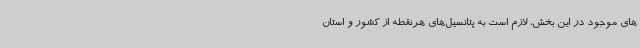
های موجود در این بخش، لازم است به پتانسیل‌های هرنقطه از کشور و استان